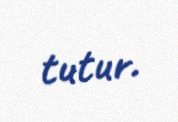
tutur.